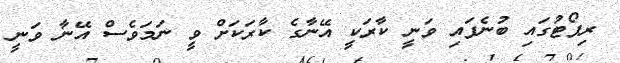
ރިޕޯޓުގައި ބުނެފައި ވަނީ ކާރަކީ އޭނާގެ ކާރަކަށް ވީ ނަމަވެސް އޭނާ ވަނީ